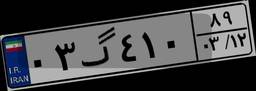
۰۳گ۴۱۰۸۹